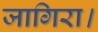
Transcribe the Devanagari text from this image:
जागिरा।